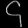
Digit: ၄